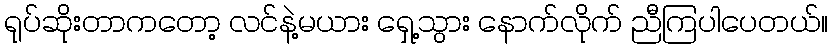
ရုပ်ဆိုးတာကတော့ လင်နဲ့မယား ရှေ့သွား နောက်လိုက် ညီကြပါပေတယ်။